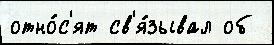
отно́с'ят св'я́зывал об